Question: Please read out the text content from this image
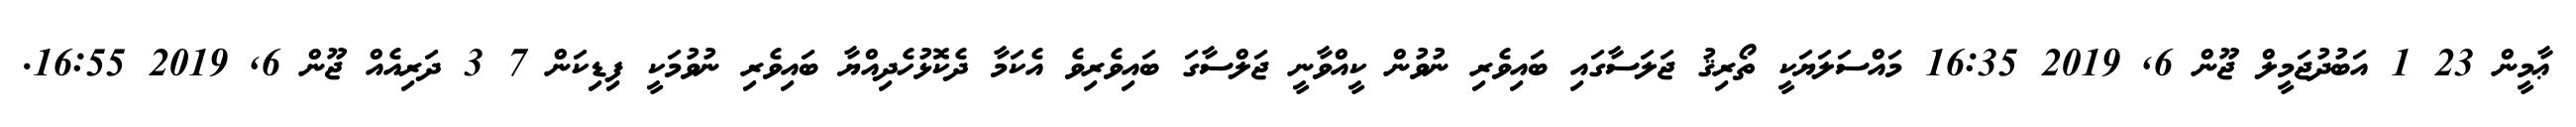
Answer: ޢާމީން 23 1 އަބުދުޖަމީލް ޖޫން 6, 2019 16:35 މައްސަލަޔަކީ ތޯރިޤު ޖަލަސާގައި ބައިވެރި ނުވުން ކީއްވާނީ ޖަލްސާގަ ބައިވެރިވެ އެކަމާ ދެކޮޅުހެދިއްޔާ ބައިވެރި ނުވުމަކީ ފިޑިކަން 7 3 ދަރިއެއް ޖޫން 6, 2019 16:55.